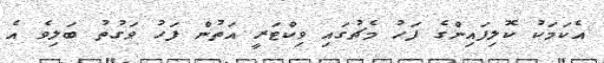
އެކަމަކު ކޮލިފައިންގެ ފަހު މެޗުގައި ވިކްޓަރީ އަތުން ފަހު ވަގުތު ބަލިވެ އެ